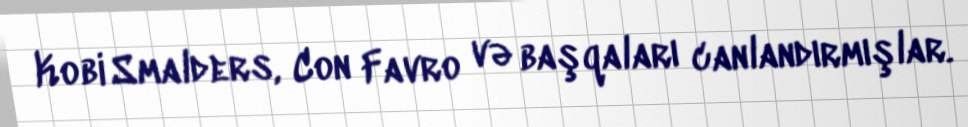
Kobi Smalders, Con Favro və başqaları canlandırmışlar.